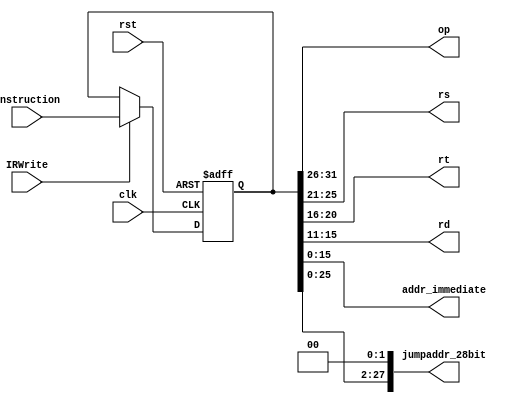
`timescale 1ns / 1ps
//////////////////////////////////////////////////////////////////////////////////
// Company: 
// Engineer: 
// 
// Design Name: 
// Module Name: INS_Register
// Project Name: 
// Target Devices: 
// Tool Versions: 
// Description: 
// 
// Dependencies: 
// 
// Revision:
// Revision 0.01 - File Created
// Additional Comments:
// 
//////////////////////////////////////////////////////////////////////////////////


module INS_Register(
    input clk,  //
    input rst,
    
    input [31:0] instruction,   
    input IRWrite,
    
    output [5:0] op,   
    output [4:0] rs, rt, rd,
    output [15:0] addr_immediate,
    output [27:0] jumpaddr_28bit //0top
    );

    reg [31:0] instruction_reg;
    initial instruction_reg=0;
    
    always@(posedge clk or posedge rst) begin
      if(rst) instruction_reg<=0;
      else 
        if(IRWrite) instruction_reg<=instruction;
        else instruction_reg<=instruction_reg;
    end
    
    assign op=instruction_reg[31:26];
    assign rs=instruction_reg[25:21];
    assign rt=instruction_reg[20:16];
    assign rd=instruction_reg[15:11];
    assign addr_immediate=instruction_reg[15:0];
    assign jumpaddr_28bit={instruction_reg[25:0],2'b00};
    
endmodule